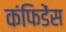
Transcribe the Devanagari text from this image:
कंफिडेंस